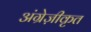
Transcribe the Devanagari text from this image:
अंग्रेज़ीकृत